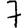
Digit: 7